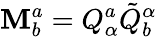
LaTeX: \mathbf{M}_{b}^{a}=Q_{\alpha}^{a}\tilde{{Q}}_{b}^{\alpha}